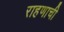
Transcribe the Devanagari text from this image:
राहणाची